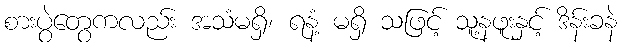
စားပွဲတွေကလည်း အသံမရှိ၊ ရနံ့ မရှိ သဖြင့် သူ့နဖူးနှင့် ဒိန်းခနဲ